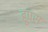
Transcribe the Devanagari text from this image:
हुपस